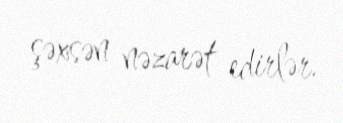
şəxsən nəzarət edirlər.